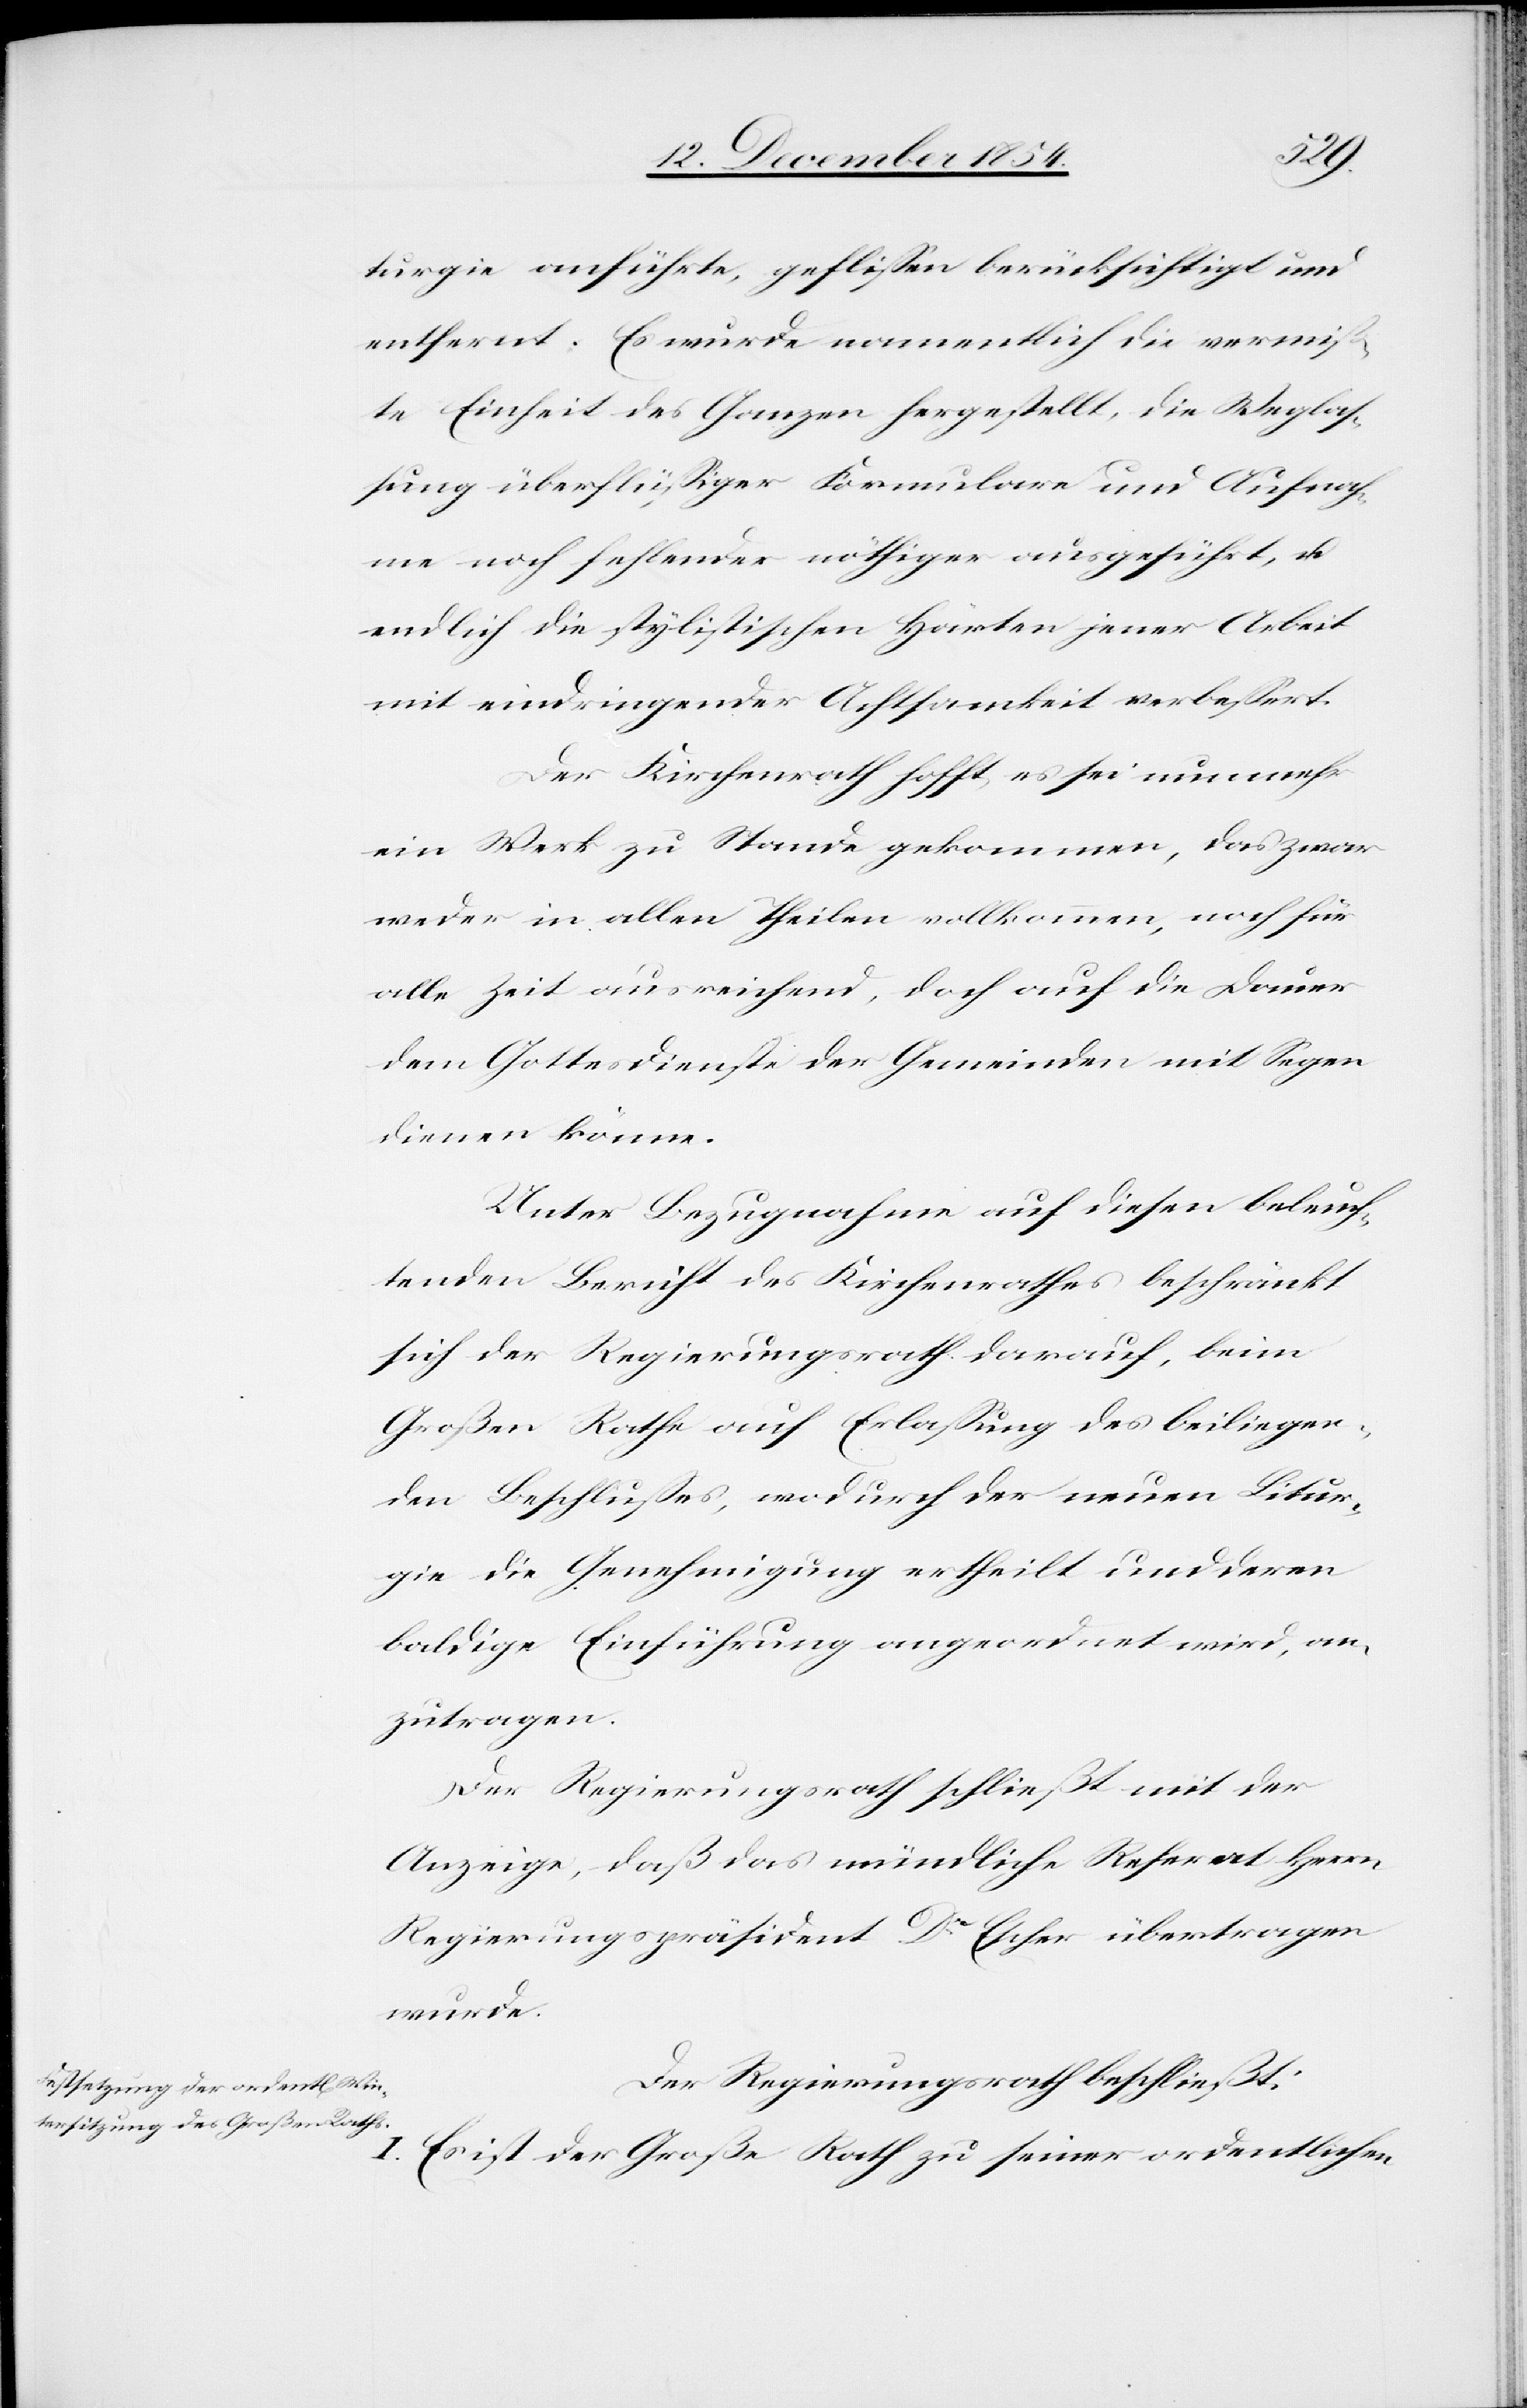
turgie anführte, geflißen berücksichtigt und
entfernt. Es wurde namentlich die vermiß¬
te Einheit des Ganzen hergestellt, die Wegla¬
ßung überflüßiger Formulare und Aufnah¬
me noch fehlender nöthiger ausgeführt, u.
endlich die stylistischen Härten jener Arbeit
mit eindringender Achtsamkeit verbeßert.
Der Kirchenrath hofft, es sei nunmehr
ein Werk zu Stande gekommen, das zwar
weder in allen Theilen vollkommen, noch für
alle Zeit ausreichend, doch auf die Dauer
dem Gottesdienste der Gemeinden, mit Segen
dienen könne.
Unter Bezugnahme auf diesen beleuch¬
tenden Bericht des Kirchenrathes beschränkt
sich der Regierungsrath darauf, beim
Großen Rath auf Erlaßung des beiliegen¬
den Beschlußes, wodurch der neuen Litur¬
gie die Genehmigung ertheilt und deren
baldige Einführung angeordnet wird, an¬
zutragen.
Der Regierungsrath schließt mit der
Anzeige, daß das mündliche Referat Herrn
Regierungspräsident Dr Escher übertragen
wurde.
Der Regierungsrath beschließt:
I. Es ist der Große Rath zu seiner ordentlichen